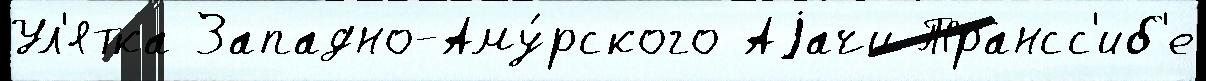
Ул'ятка Западно-Аму́рского Аjачи Трансс'иб'е